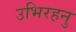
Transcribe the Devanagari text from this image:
उभिरहनु